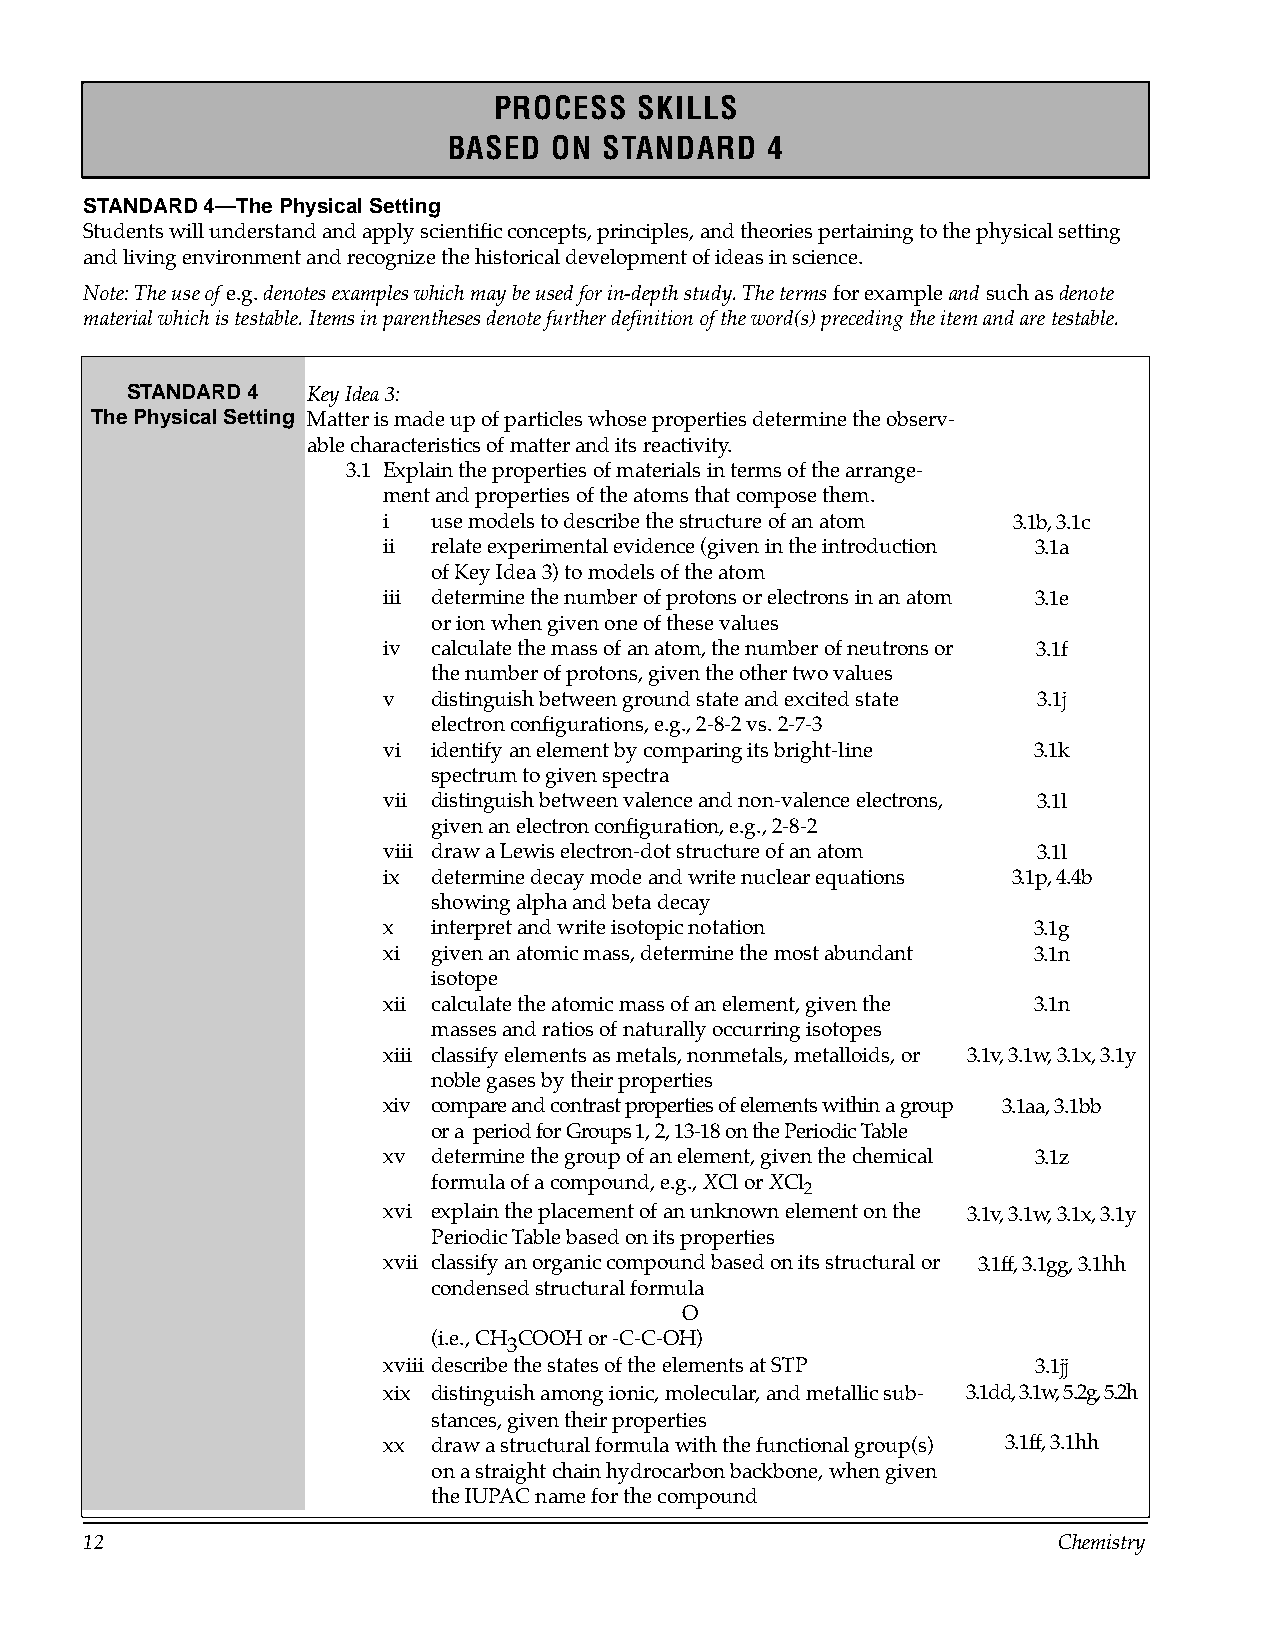
PROCESS  SKILLS
 BASED  ON STANDARD   4
 STANDARD 4—The Physical Setting
 Students will understand and apply scientific concepts, principles, and theories pertaining to the physical setting
 and living environment and recognize the historical development of ideas in science.
 Note: The use of e.g. denotes examples which may be used for in-depth study. The terms for example and such as denote
 material which is testable. Items in parentheses denote further definition of the word(s) preceding the item and are testable.
 STANDARD 4  Key Idea 3:
 The Physical Setting Matter is made up of particles whose properties determine the observ­
 able characteristics of matter and its reactivity.
 3.1 Explain the properties of materials in terms of the arrange­
 ment and properties of the atoms that compose them.
 i   use models to describe the structure of an atom 3.1b, 3.1c
 ii  relate experimental evidence (given in the introduction 3.1a
 of Key Idea 3) to models of the atom
 iii determine the number of protons or electrons in an atom 3.1e
 or ion when given one of these values
 iv  calculate the mass of an atom, the number of neutrons or 3.1f
 the number of protons, given the other two values
 v   distinguish between ground state and excited state 3.1j
 electron configurations, e.g., 2-8-2 vs. 2-7-3
 vi  identify an element by comparing its bright-line 3.1k
 spectrum to given spectra
 vii distinguish between valence and non-valence electrons, 3.1l
 given an electron configuration, e.g., 2-8-2
 viii draw a Lewis electron-dot structure of an atom 3.1l
 ix  determine decay mode and write nuclear equations 3.1p, 4.4b
 showing alpha and beta decay
 x   interpret and write isotopic notation  3.1g
 xi  given an atomic mass, determine the most abundant 3.1n
 isotope
 xii calculate the atomic mass of an element, given the 3.1n
 masses and ratios of naturally occurring isotopes
 xiii classify elements as metals, nonmetals, metalloids, or 3.1v, 3.1w, 3.1x, 3.1y
 noble gases by their properties
 xiv compare and contrast properties of elements within a group 3.1aa, 3.1bb
 or a period for Groups 1, 2, 13-18 on the Periodic Table
 xv  determine the group of an element, given the chemical 3.1z
 formula of a compound, e.g., XCl or XCl
 2
 xvi explain the placement of an unknown element on the 3.1v, 3.1w, 3.1x, 3.1y
 Periodic Table based on its properties
 xvii classify an organic compound based on its structural or 3.1ff, 3.1gg, 3.1hh
 condensed structural formula
 O
 (i.e., CH COOH or -C-C-OH)
 3
 xviii describe the states of the elements at STP 3.1jj
 xix distinguish among ionic, molecular, and metallic sub- 3.1dd, 3.1w, 5.2g, 5.2h
 stances, given their properties
 xx  draw a structural formula with the functional group(s) 3.1ff, 3.1hh
 on a straight chain hydrocarbon backbone, when given
 the IUPAC name for the compound
 12                                                              Chemistry